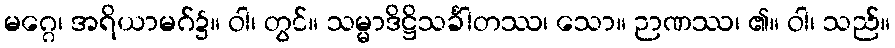
မဂ္ဂေ၊ အရိယာမဂ်၌။ ဝါ၊ တွင်။ သမ္မာဒိဋ္ဌိသင်္ခါတဿ၊ သော။ ဉာဏဿ၊ ၏။ ဝါ၊ သည်။